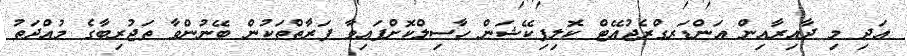
އަދި މި ދާއިރާއިން އަންޑަރގްރެޖުއޭޓް ކޮލިފިކޭޝަން ހާސިލްކޮށްފައިވާ ފަރާތްތަކުން ބޭނުންވާ ތަޖުރިބާގެ މުއްދަތު